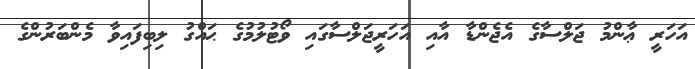
އަހަރީ ޢާންމު ޖަލްސާގެ އެޖެންޑާ އާއި އަހަރީޖަލްސާގައި ވޯޓުލުމުގެ ޙައްގު ލިބިފައިވާ މެންބަރުންގެ